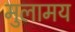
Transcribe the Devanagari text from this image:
मुलामय